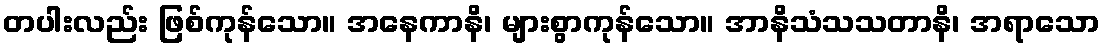
တပါးလည်း ဖြစ်ကုန်သော။ အနေကာနိ၊ များစွာကုန်သော။ အာနိသံသသတာနိ၊ အရာသော